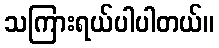
သကြားရယ်ပါပါတယ်။